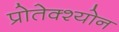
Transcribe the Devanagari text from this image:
प्रोतेक्श्योन